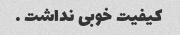
کیفیت خوبی نداشت …